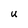
Character: U